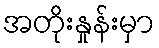
အတိုးနှုန်းမှာ